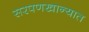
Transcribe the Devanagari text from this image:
सरपणखान्यात